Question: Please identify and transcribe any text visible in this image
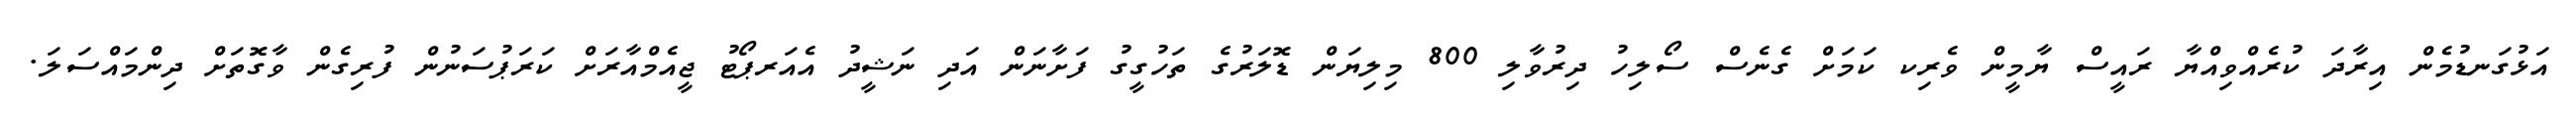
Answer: އަޅުގަނޑުމެން އިރާދަ ކުރެއްވިއްޔާ ރައީސް ޔާމީން ވެރިކ ކަމަށް ގެނެސް ސޯލިހު ދިރުވާލި 800 މިލިޔަން ޑޮލަރުގެ ތަހުގީގު ފަށާނަން އަދި ނަޝީދު އެއަރޕޯޓު ޖީއެމްއާރަށް ކަރަޕުސަނުން ފުރިގެން ވާގޮތަށް ދިންމައްސަލަ.